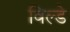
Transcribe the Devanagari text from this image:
विल्डे